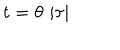
t = \theta \, \left| \tau \right|